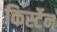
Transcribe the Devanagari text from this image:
किर्स्टेन